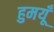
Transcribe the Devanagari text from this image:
हुमयूँ